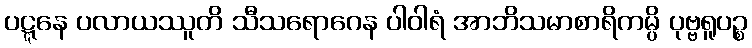
ပဋ္ဋနေ ပလာယဿူတိ သီသရောဂေန ပါဝါရံ အာဘိသမာစာရိကမ္ပိ ပုဗ္ဗရူပဉ္စ